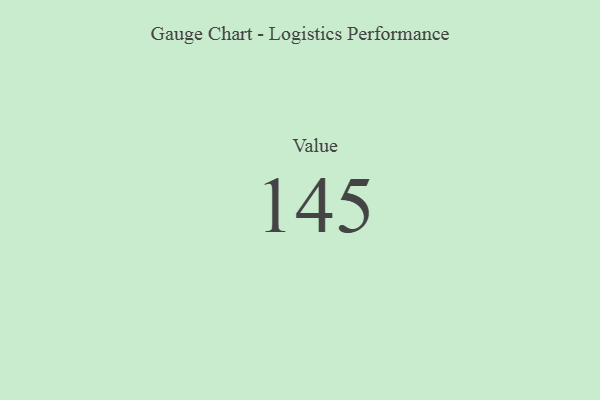
{"axis": {"x": "Metric", "y": "Value"}, "legend": [""], "data": [{"x": "Value", "y": 145, "type": ""}]}